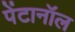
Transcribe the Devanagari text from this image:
पेंटानॉल